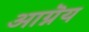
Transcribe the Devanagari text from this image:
आग्नॆय